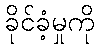
ခိုင်ခံ့မှုကို